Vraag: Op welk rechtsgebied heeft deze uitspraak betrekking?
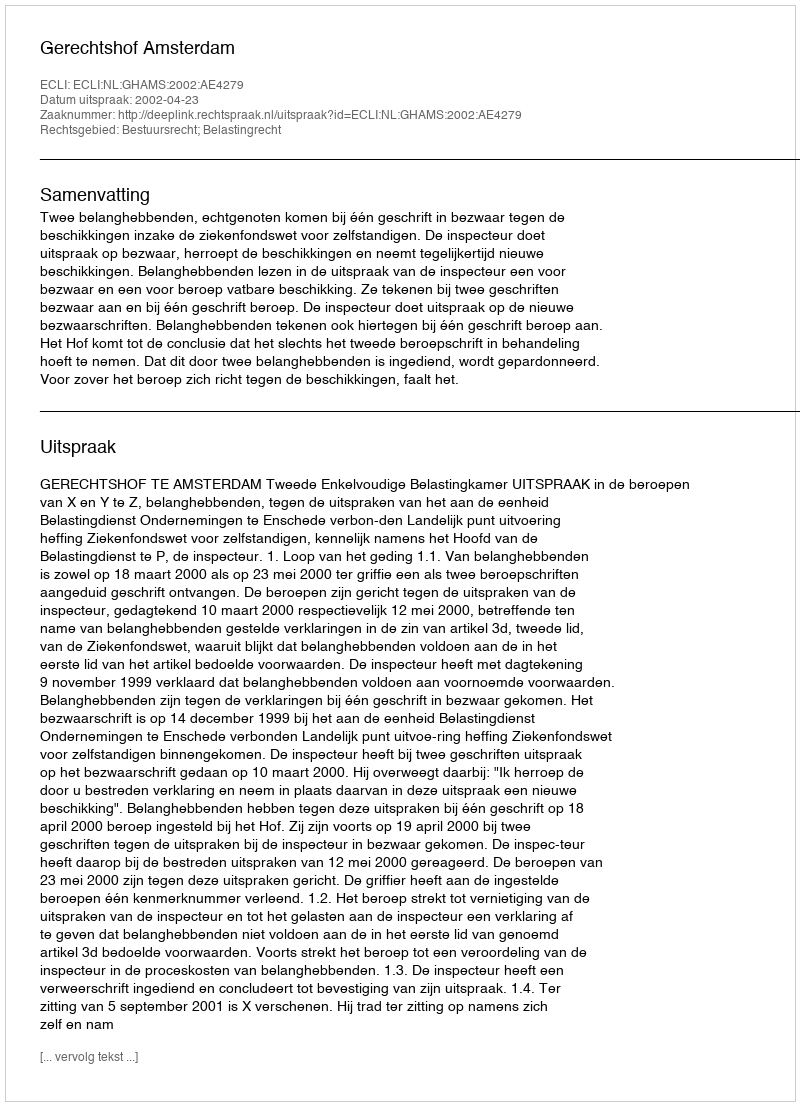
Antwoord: Bestuursrecht; Belastingrecht